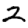
Digit: 2